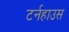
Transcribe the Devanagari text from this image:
टर्नहाउस